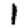
Digit: 1